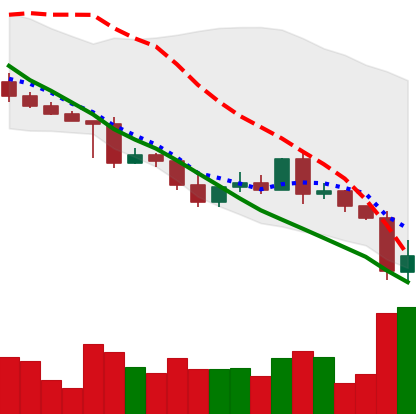
Ticker: XRP-USD
Chart end date: 2022-05-10
Forward return: -12.899%
Label: down_7plus